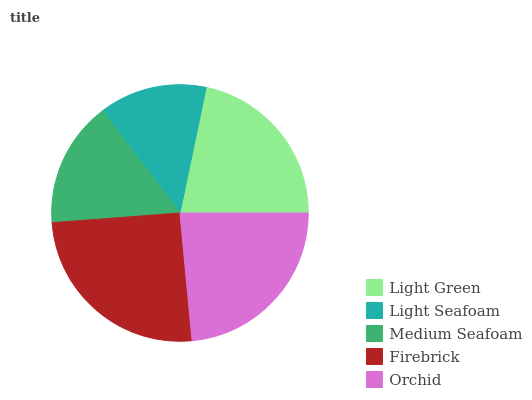
| Light Green | Light Seafoam | Medium Seafoam | Firebrick | Orchid |
 | --- | --- | --- | --- | --- |
 | 21.6% | 13.6% | 15.9% | 25.3% | 23.6% |